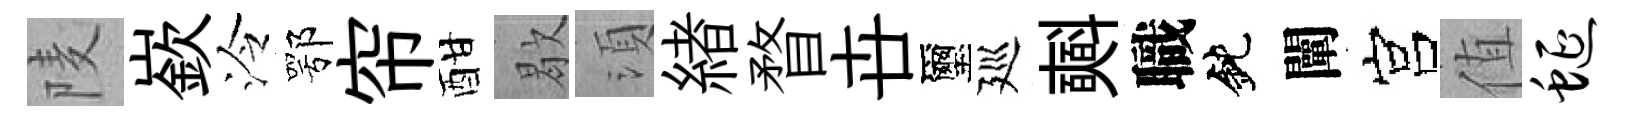
𨹧嶔泠鄂帘酣歇湏緖瞀卋璽廵𣂏職鈍闡宫值蜒